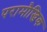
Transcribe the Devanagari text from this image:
परामौखिक